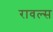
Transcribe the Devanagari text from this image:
रावल्स